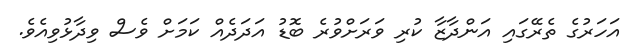
އަހަރުގެ ތެރޭގައި އަންދާޒާ ކުރި ވަރަށްވުރެ ބޮޑު އަދަދެއް ކަމަށް ވެސް ވިދާޅުވިއެވެ.